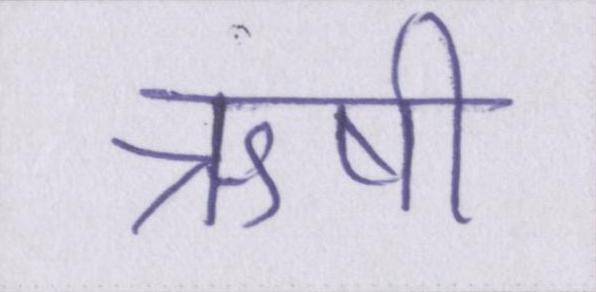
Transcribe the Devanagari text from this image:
ऋषी